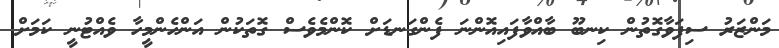
މަންޒަރު ސިފަވާގޮތުން ކިނބޫ ބާއްވާފައިއޮންނަ ފެންގަނޑަށް ކޮންމެވެސް ގޮތަކުން އަންހެންމީހާ ވެއްޓުނީ ކަމަށް